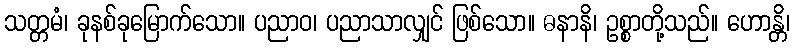
သတ္တမံ၊ ခုနစ်ခုမြောက်သော။ ပညာဝ၊ ပညာသာလျှင် ဖြစ်သော။ ဓနာနိ၊ ဥစ္စာတို့သည်။ ဟောန္တိ၊